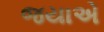
જયાએ